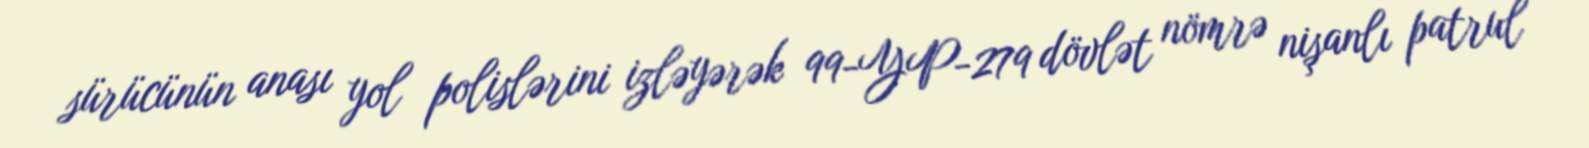
sürücünün anası yol polislərini izləyərək 99-YP-279 dövlət nömrə nişanlı patrul